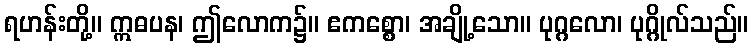
ရဟန်းတို့။ ဣဓပန၊ ဤလောက၌။ ဧကစ္စော၊ အချို့သော။ ပုဂ္ဂလော၊ ပုဂ္ဂိုလ်သည်။